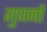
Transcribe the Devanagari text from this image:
गुणनों